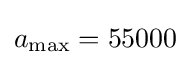
a_{\mathrm {max} }=55000